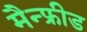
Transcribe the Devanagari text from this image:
मैन्फ्रीड